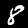
Digit: 8